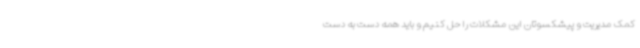
کمک مدیریت و پیشکسوتان این مشکلات را حل کنیم و باید همه دست به دست